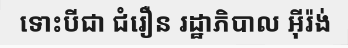
ទោះបីជា ជំរឿន រដ្ឋាភិបាល អ៊ីរ៉ង់